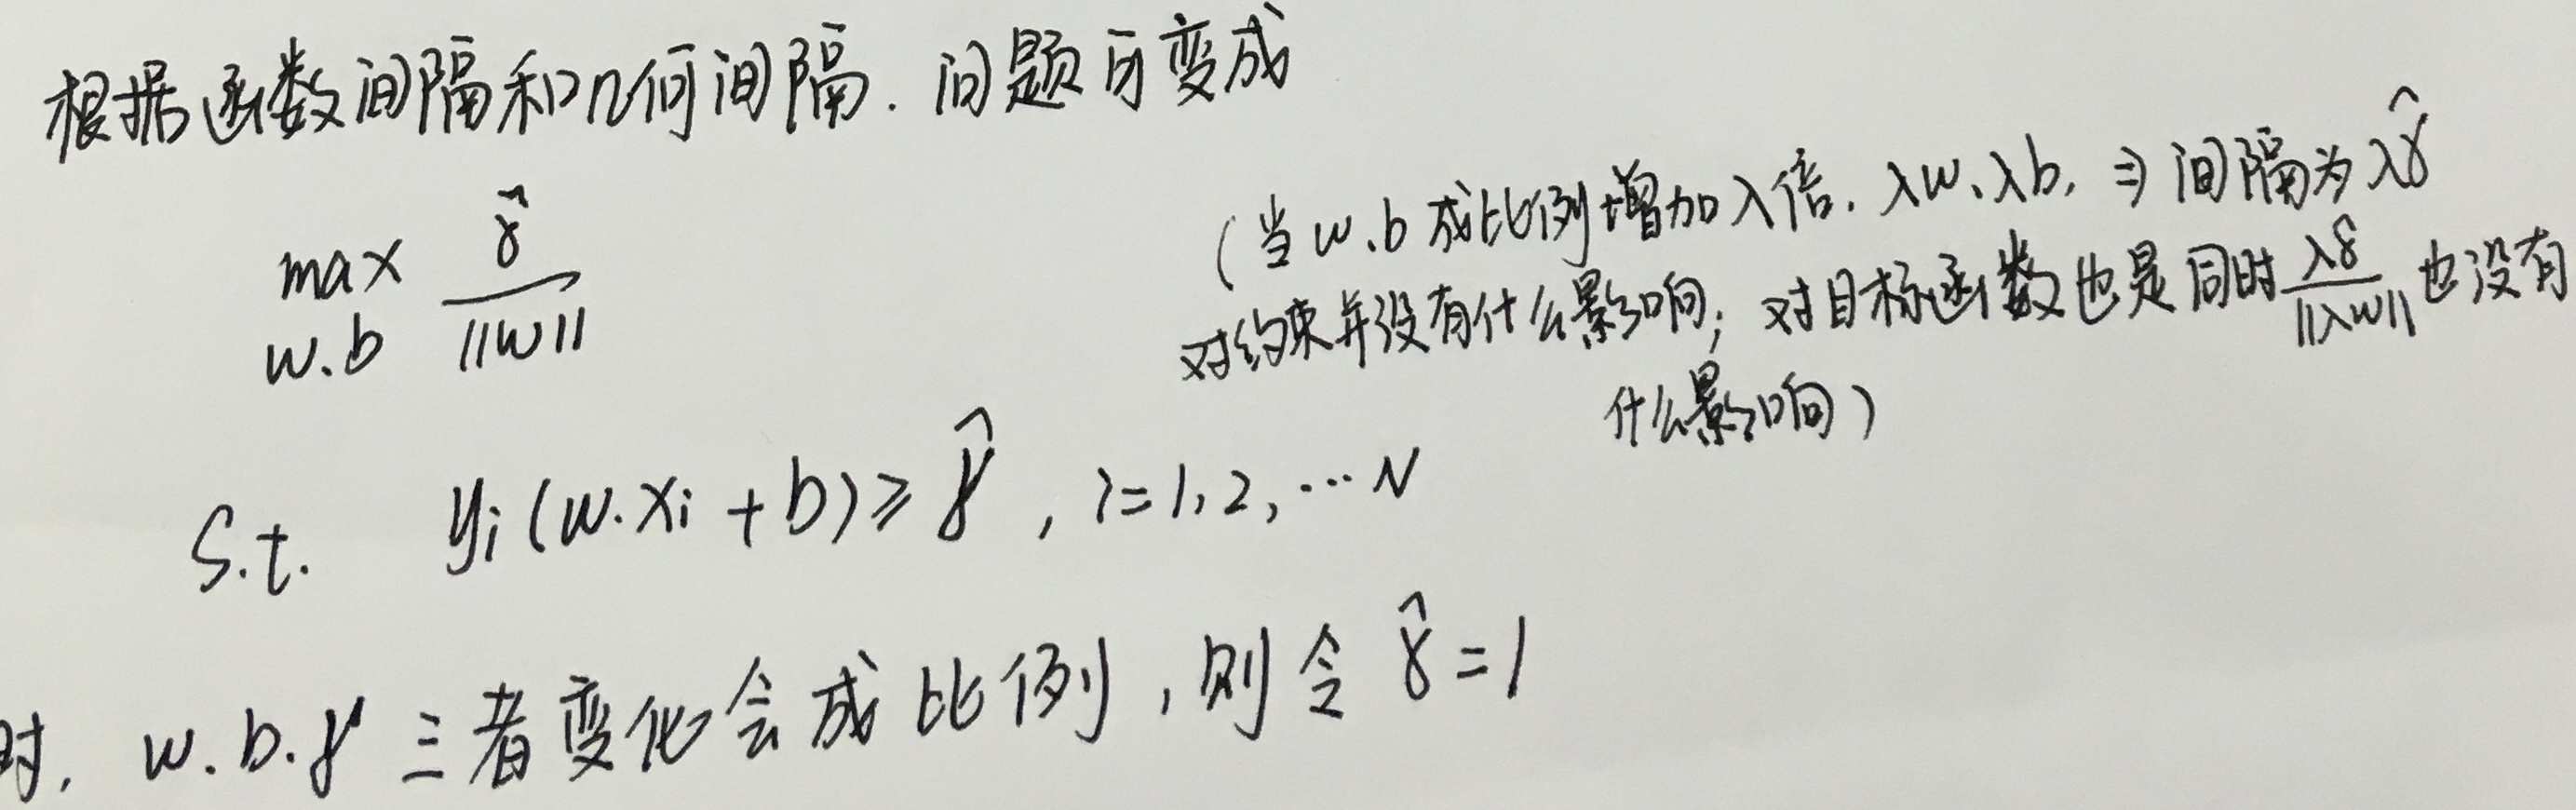
根据函数间隔和几何间隔，问题可变成：
\[
\begin{align*}
\max_{w, b}&\frac{\hat{\delta}}{\|w\|}\\
\text{s.t.}&\quad y_{i}(w\cdot x_{i}+b)\geqslant \hat{\delta},\quad i = 1,2,\cdots N
\end{align*}
\]
（当 \(w,b\) 成比例增加 \(\lambda\) 倍，即变为 \(\lambda w,\lambda b\) 时，函数间隔为 \(\lambda\hat{\delta}\)，这对约束并没有什么影响；对目标函数 \(\frac{\lambda\hat{\delta}}{\|\lambda w\|}\) 同样没有什么影响）。当 \(w,b,\hat{\delta}\) 三者变化会成比例时，则令 \(\hat{\delta}=1\)。